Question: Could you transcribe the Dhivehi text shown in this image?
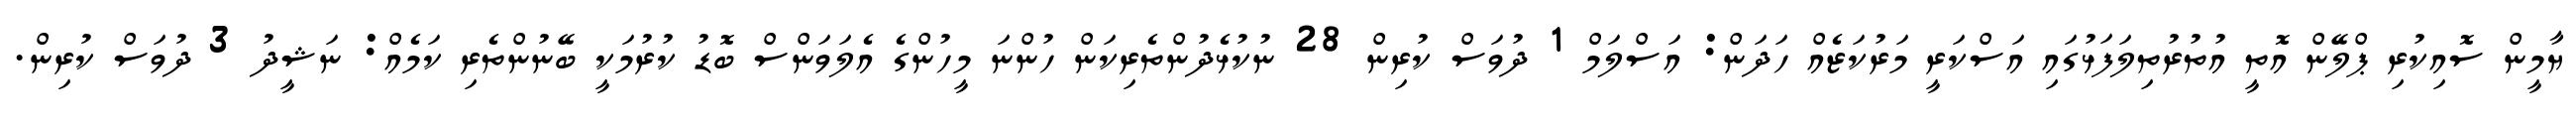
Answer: ޔާމީން ސޮއިކުރި ޕްލޭން އޮތީ އުތުރުތިލަފަޅުގައި އަސްކަރީ މަރުކަޒެއް ހަދަން: އަސްލަމް 1 ދުވަސް ކުރިން 28 ނުކުޅެދުންތެރިކަން ހުންނަ މީހުންގެ އެލަވަންސް ބޮޑު ކުރުމަކީ ބޭނުންތެރި ކަމެއް: ނަޝީދު 3 ދުވަސް ކުރިން.